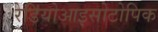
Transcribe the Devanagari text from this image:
रेडियोआइसोटोपिक